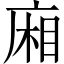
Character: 廂